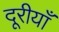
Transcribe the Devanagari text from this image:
दूरीयाँ